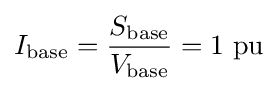
I_{\text{base}}={\frac {S_{\text{base}}}{V_{\text{base}}}}=1{\text{ pu}}